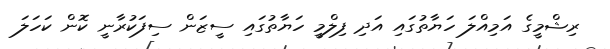
ރިޝްމީގެ އަމިއްލަ ހަޔާތުގައި އަދި ފިލްމީ ހަޔާތުގައި ސީޒަން ސިފަކުރާނީ ކޮން ކަހަލަ